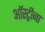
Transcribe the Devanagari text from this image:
ऑस्ट्रीना